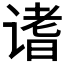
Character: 𬤓